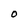
Character: O